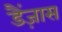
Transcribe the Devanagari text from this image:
डैंज़ास